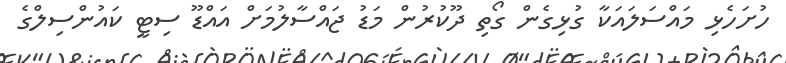
ހުށަހެޅި މައްސަލައަކާ ގުޅިގެން ގޯތި ދޫކުރުން މަޑު ޖައްސާލުމަށް އައްޑޫ ސިޓީ ކައުންސިލްގެ